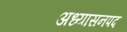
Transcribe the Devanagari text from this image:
अध्यासनपद